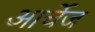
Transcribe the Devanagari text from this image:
आर्चेज